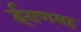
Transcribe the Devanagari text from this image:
ईराणसह